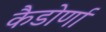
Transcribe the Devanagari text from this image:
कैडोर्णा